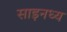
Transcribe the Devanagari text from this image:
साइनध्य